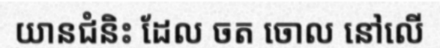
យានជំនិះ ដែល ចត ចោល នៅលើ